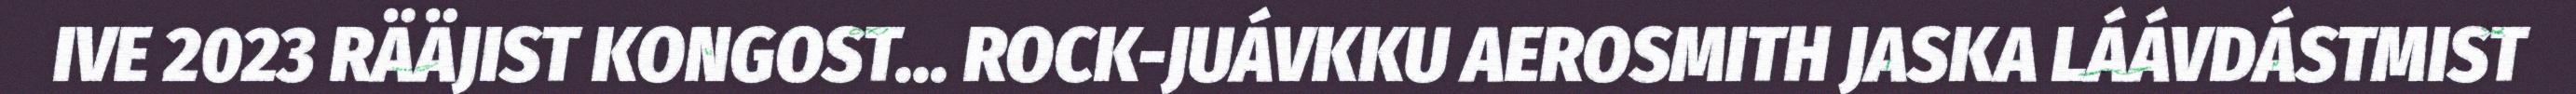
IVE 2023 RÄÄJIST KONGOST... ROCK-JUÁVKKU AEROSMITH JASKA LÁÁVDÁSTMIST